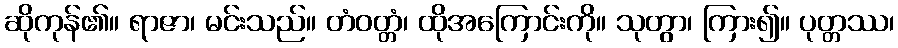
ဆိုကုန်၏။ ရာဇာ၊ မင်းသည်။ တံဝတ္တံ၊ ထိုအကြောင်းကို။ သုတွာ၊ ကြား၍။ ပုတ္တဿ၊